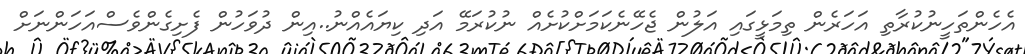
އެހެންތަހީނުކުރާތި އަހަރެން ތިމަޅީގައި އަލުން ޖެހޭނެކަމަށްކުށެއް ނުކުރަމޭ އަދި ކިޔައެއްނު..އިން ދުވަހުން ފެށިގެންވެސްއަހަންނަށް